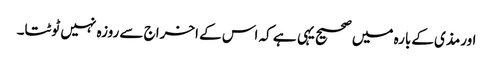
اورمذی کےبارہ میں صحیح یہی ہے کہ اس کے اخراج سے روزہ نہیں ٹوٹتا۔